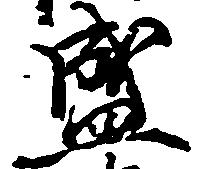
盛